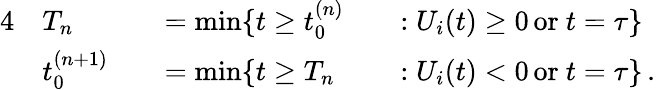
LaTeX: \begin{array}{rlrlrl}{{4}}&{T_{n}}&&{=\operatorname*{min}\{ t\ge t_{0}^{(n)}}&&{:U_{i}(t)\ge 0\, \mathrm{or~}t=\tau\} }\\ &{t_{0}^{(n+1)}}&&{=\operatorname*{min}\{ t\ge T_{n}}&&{:U_{i}(t)<0\, \mathrm{or~}t=\tau\} \, .}\end{array}